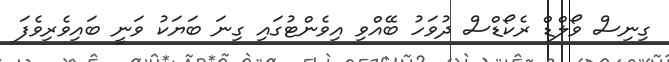
ގިނިސް ވޯލްޑް ރެކޯޑްސް ދުވަހު ބޭއްވި އިވެންޓުގައި ގިނަ ބަޔަކު ވަނީ ބައިވެރިވެފަ